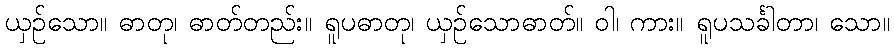
ယှဉ်သော။ ဓာတု၊ ဓာတ်တည်း။ ရူပဓာတု၊ ယှဉ်သောဓာတ်။ ဝါ၊ ကား။ ရူပသင်္ခါတာ၊ သော။